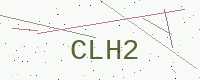
Text: CLH2